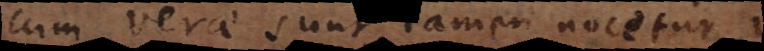
cum verae sunt, tamen nocetur